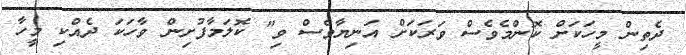
ދެތިން މީހަކަށް ކޮންމެވެސް ވަރަކަށް އަނިޔާވެސް ވި" ކޮލަމާފުށިން ވާހަކަ ދެއްކި މީހާ